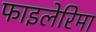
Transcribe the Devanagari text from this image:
फाइलेरिमा